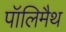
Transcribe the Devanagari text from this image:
पॉलिमैथ